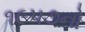
૧૯૫૭નો